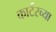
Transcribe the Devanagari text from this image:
कार्टरच्या